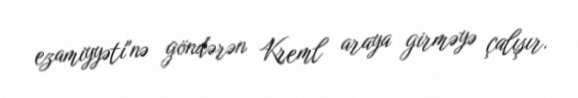
ezamiyyəti"nə göndərən Kreml araya girməyə çalışır.